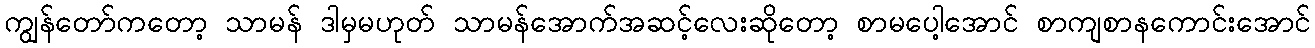
ကျွန်တော်ကတော့ သာမန် ဒါမှမဟုတ် သာမန်အောက်အဆင့်လေးဆိုတော့ စာမပေါ့အောင် စာကျစာနကောင်းအောင်